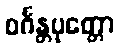
ဝင်္ဂန္တပုတ္တော